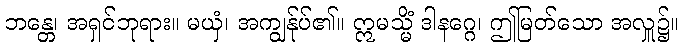
ဘန္တေ၊ အရှင်ဘုရား။ မယှံ၊ အကျွန်ုပ်၏။ ဣမသ္မိံ ဒါနဂ္ဂေ၊ ဤမြတ်သော အလှူ၌။